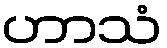
ဟာသံ